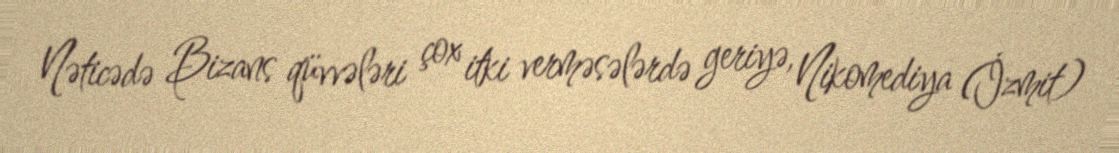
Nəticədə Bizans qüvvələri çox itki verməsələrdə geriyə, Nikomediya (İzmit)